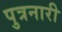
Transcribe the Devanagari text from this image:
पुत्रनारी